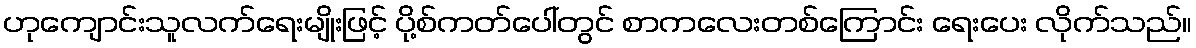
ဟုကျောင်းသူလက်ရေးမျိုးဖြင့် ပို့စ်ကတ်ပေါ်တွင် စာကလေးတစ်ကြောင်း ရေးပေး လိုက်သည်။